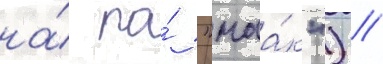
на́ по́ "маа́к") /